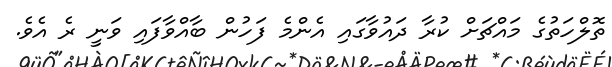
ތޮލްހަތުގެ މައްޗަށް ކުރާ ދައުވާގައި އެންމެ ފަހުން ބާއްވާފައި ވަނީ ރެ އެވެ.